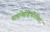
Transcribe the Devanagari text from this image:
नावानेहीहेपरिचित